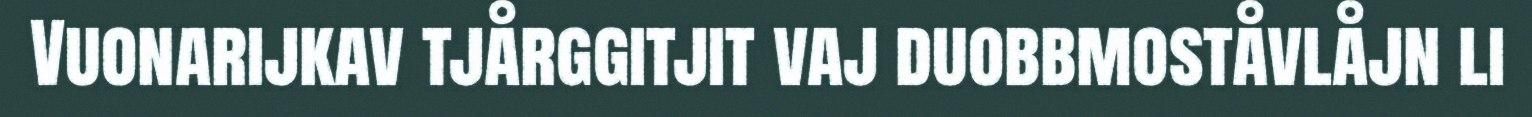
Vuonarijkav tjårggitjit vaj duobbmoståvlåjn li